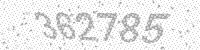
Solution: 362785